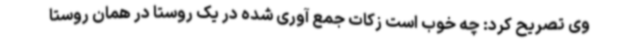
وی تصریح کرد: چه خوب است زکات جمع آوری شده در یک روستا در همان روستا